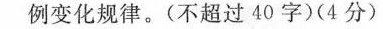
例变化规律。(不超过40字)(4分)